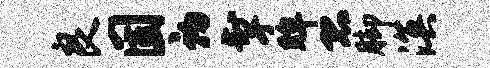
良固初掣眸恐脚溟